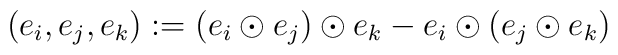
(e_i,e_j,e_k):=(e_i\odot e_j)\odot e_k -e_i\odot (e_j\odot e_k)